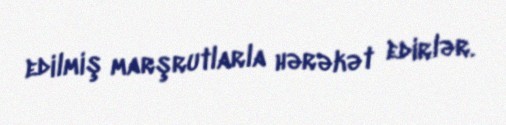
edilmiş marşrutlarla hərəkət edirlər.